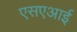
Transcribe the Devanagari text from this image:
एसएआई